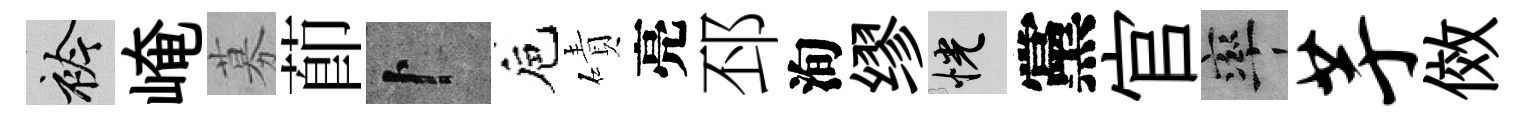
衿崦募莭卜巵磧亮邳洵缪恍黨官率芋傚